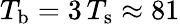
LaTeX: T_{\mathrm{b}}=3\, T_{\mathrm{s}}\approx 81